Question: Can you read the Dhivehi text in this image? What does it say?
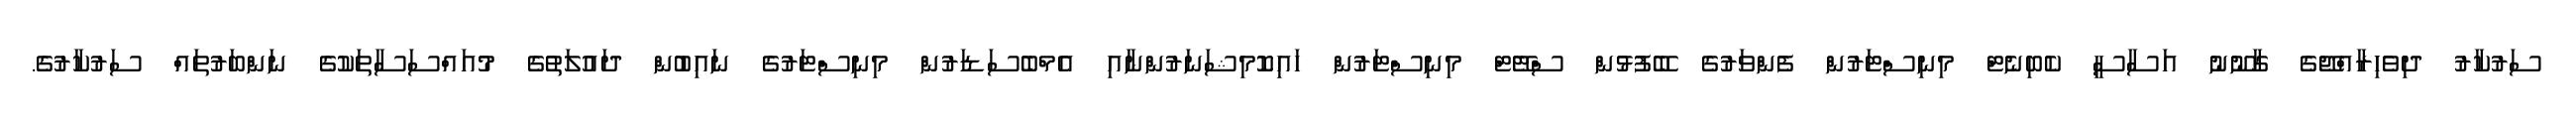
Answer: ސަރުކާރު ދިވެހިރާއްޖޭގެ ގާނޫނު އަސާސީ ކެބިނެޓް މިނިސްޓަރުން ފެންވަރުގެ ބޭފުޅުން ސްޓޭޓް މިނިސްޓަރުން ހައިކޮމިޝަނަރުންނާއި އެމްބެސަޑަރުން މިނިސްޓަރުގެ ނައިބުން ދައުލަތުގެ މުއައްސަސާތަކުގެ ނަންބަރުތައް ސަރުކާރުގެ.